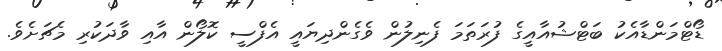
ޑޯޓްމަންޑާއެކު ބަޓްޝުއާއީގެ ފުރަތަމަ ފެނިލުން ވެގެންދިޔައީ އެފްސީ ކޮލޯން އާއި ވާދަކުރި މެޗަށެވެ.